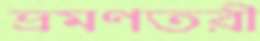
ভ্রমণতরী